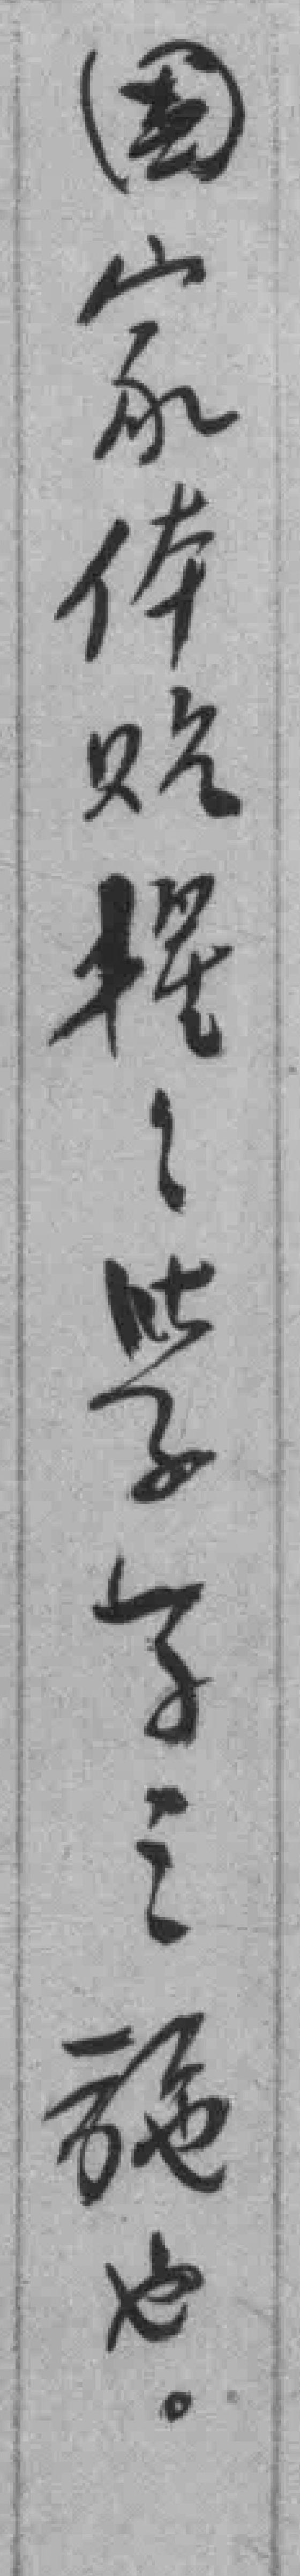
國家体贴搖*學子之施也